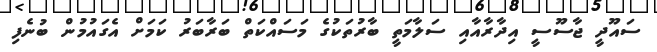
ސައޫދީ ޖާސޫސީ އިދާރާއާއި ސަލާމަތީ ބާރުތަކުގެ މަސައްކަތް ބަރާބަރު ކަމަށް އެގައުމުން ބުނެފި